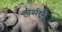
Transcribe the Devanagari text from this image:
टीसीरीज